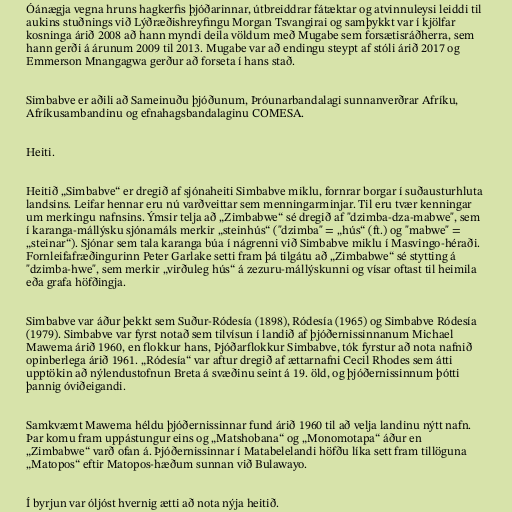
Óánægja vegna hruns hagkerfis þjóðarinnar, útbreiddrar fátæktar og atvinnuleysi leiddi til
aukins stuðnings við Lýðræðishreyfingu Morgan Tsvangirai og samþykkt var í kjölfar
kosninga árið 2008 að hann myndi deila völdum með Mugabe sem forsætisráðherra, sem
hann gerði á árunum 2009 til 2013. Mugabe var að endingu steypt af stóli árið 2017 og
Emmerson Mnangagwa gerður að forseta í hans stað.

Simbabve er aðili að Sameinuðu þjóðunum, Þróunarbandalagi sunnanverðrar Afríku,
Afríkusambandinu og efnahagsbandalaginu COMESA.

Heiti.

Heitið „Simbabve“ er dregið af sjónaheiti Simbabve miklu, fornrar borgar í suðausturhluta
landsins. Leifar hennar eru nú varðveittar sem menningarminjar. Til eru tvær kenningar
um merkingu nafnsins. Ýmsir telja að „Zimbabwe“ sé dregið af "dzimba-dza-mabwe", sem
í karanga-mállýsku sjónamáls merkir „steinhús“ ("dzimba" = „hús“ (ft.) og "mabwe" =
„steinar“). Sjónar sem tala karanga búa í nágrenni við Simbabve miklu í Masvingo-héraði.
Fornleifafræðingurinn Peter Garlake setti fram þá tilgátu að „Zimbabwe“ sé stytting á
"dzimba-hwe", sem merkir „virðuleg hús“ á zezuru-mállýskunni og vísar oftast til heimila
eða grafa höfðingja.

Simbabve var áður þekkt sem Suður-Ródesía (1898), Ródesía (1965) og Simbabve Ródesía
(1979). Simbabve var fyrst notað sem tilvísun í landið af þjóðernissinnanum Michael
Mawema árið 1960, en flokkur hans, Þjóðarflokkur Simbabve, tók fyrstur að nota nafnið
opinberlega árið 1961. „Ródesía“ var aftur dregið af ættarnafni Cecil Rhodes sem átti
upptökin að nýlendustofnun Breta á svæðinu seint á 19. öld, og þjóðernissinnum þótti
þannig óviðeigandi.

Samkvæmt Mawema héldu þjóðernissinnar fund árið 1960 til að velja landinu nýtt nafn.
Þar komu fram uppástungur eins og „Matshobana“ og „Monomotapa“ áður en
„Zimbabwe“ varð ofan á. Þjóðernissinnar í Matabelelandi höfðu líka sett fram tillöguna
„Matopos“ eftir Matopos-hæðum sunnan við Bulawayo.

Í byrjun var óljóst hvernig ætti að nota nýja heitið.